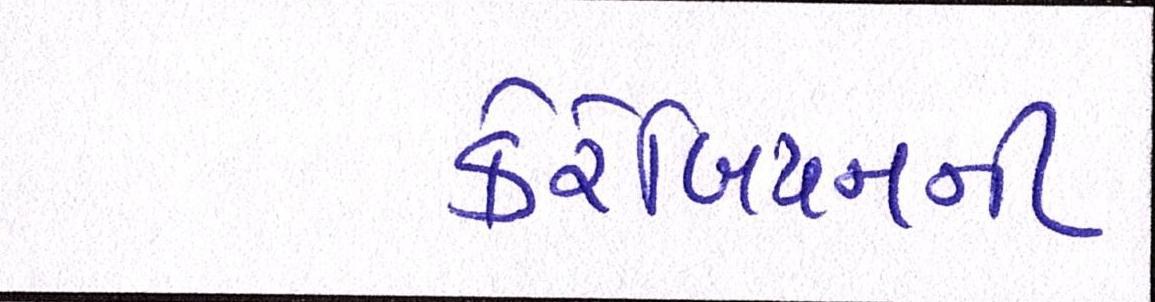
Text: કેરેબિયનની